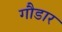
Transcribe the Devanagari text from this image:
गौडार